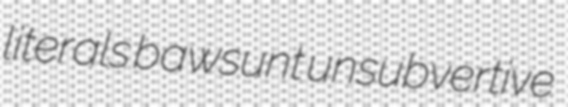
literals bawsunt unsubvertive